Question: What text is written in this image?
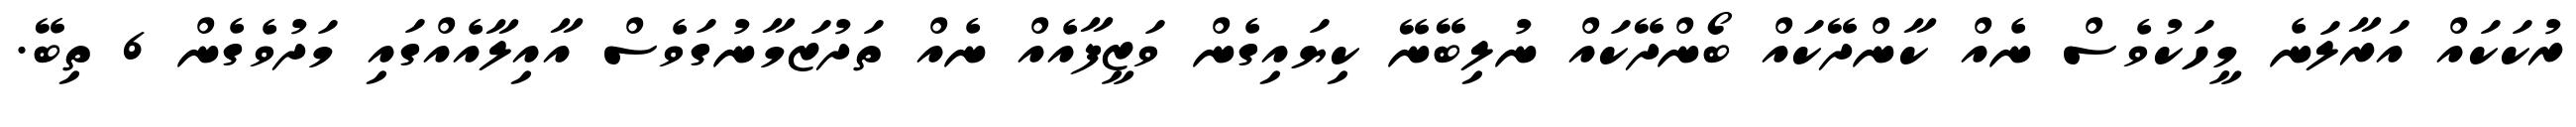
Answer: ރުކަކައް އަރާލަނެ މީހަކުވެސް ނެއް ކާންދޭކައް ބޯންދޭކައް ނުލިބޭނޭ ކިޔައިގެން ވަޒީފާއެއް ނެއް ތަދުޒަމާނުގަވެސް އާއިލާއެއްގައި މަދުވެގެން 6 ތިބޭ.